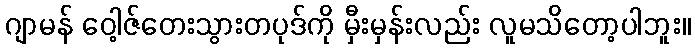
ဂျာမန် ဝေါ့ဇ်တေးသွားတပုဒ်ကို မှီးမှန်းလည်း လူမသိတော့ပါဘူး။